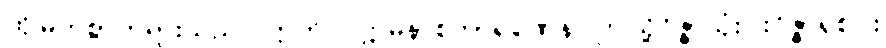
ထိုမြတ်စွာဘုရားသည်။ ဣတိပိ ဣမိနာစကာရဏေန၊ ဤသို့ဝိဇ္ဇာသုံးပါးဝိဇ္ဇာရှစ်ပါး